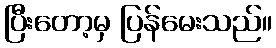
ပြီးတော့မှ ပြန်မေးသည်။